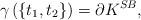
LaTeX: \begin{align*}\gamma \left( \left\{ t_1,t_2 \right\} \right)= \partial K^{SB},\end{align*}